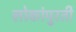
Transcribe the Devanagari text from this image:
लोकांपुरती